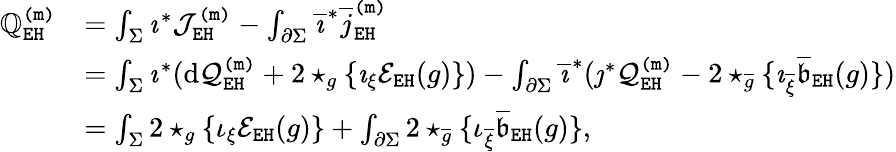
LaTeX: \begin{array}{rl}{\mathbb{Q}_{\mathtt{EH}}^{\mathtt{(m)}}}&{=\int_{\Sigma}\imath^{*}\mathcal{J}_{\mathtt{EH}}^{\mathtt{(m)}}-\int_{\partial\Sigma}\overline{{\imath}}^{*}\overline{{j}}_{\mathtt{EH}}^{\mathtt{(m)}}}\\ &{=\int_{\Sigma}\imath^{*}(\mathrm{d}\mathcal{Q}_{\mathtt{EH}}^{\mathtt{(m)}}+2\star_{g}\{ \imath_{\xi}\mathcal{E}_{\mathtt{EH}}(g)\} )-\int_{\partial\Sigma}\overline{{\imath}}^{*}(\jmath^{*}\mathcal{Q}_{\mathtt{EH}}^{\mathtt{(m)}}-2\star_{\overline{{g}}}\{ \imath_{\overline{{\xi}}}\overline{{\mathfrak{b}}}_{\mathtt{EH}}(g)\} )}\\ &{=\int_{\Sigma}2\star_{g}\{ \iota_{\xi}\mathcal{E}_{\mathtt{EH}}(g)\} +\int_{\partial\Sigma}2\star_{\overline{{g}}}\{ \iota_{\overline{{\xi}}}\mathfrak{\overline{{b}}}_{\mathtt{EH}}(g)\} ,}\end{array}